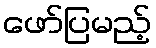
ဖော်ပြမည့်